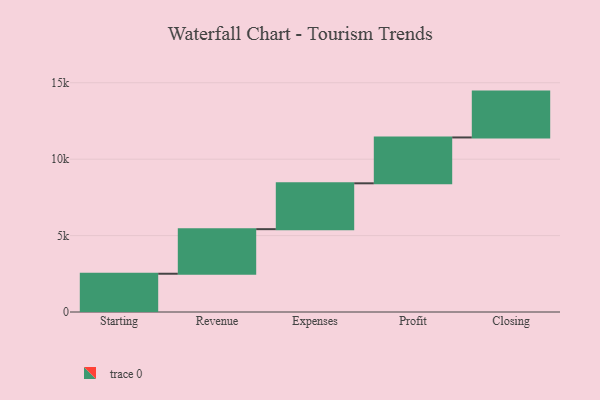
{"axis": {"x": "Step", "y": "Value"}, "legend": [""], "data": [{"x": "Starting", "y": 2503.0, "type": ""}, {"x": "Revenue", "y": 2917.0, "type": ""}, {"x": "Expenses", "y": 3000, "type": ""}, {"x": "Profit", "y": 3000, "type": ""}, {"x": "Closing", "y": 3000, "type": ""}]}